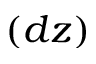
( d z )